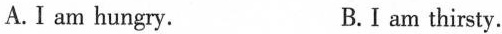
A. I am hungry. B.I am thirsty.